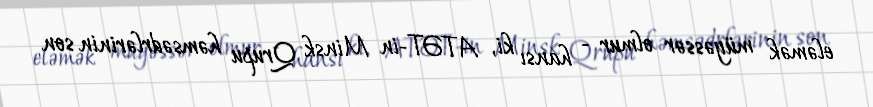
eləmək müyəssər olmur - hansı ki, ATƏT-in Minsk Qrupu həmsədrlərinin son